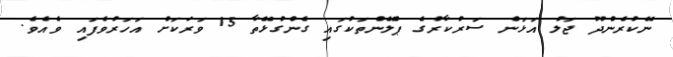
ނޭކުރެންދޫ ޖަލު އަޅަން ސަރުކާރުގެ ޕްލޭންތަކުގައި ގެންގުޅޭތާ 15 ވަރަަކަށް އަހަރުވެފައި ވެއެވެ.